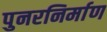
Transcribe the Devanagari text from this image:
पुनरनिर्माण